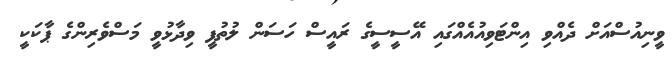
ވީނިއުސްއަށް ދެއްވި އިންޓަވިއުއެއްގައި އޭސީސީގެ ރައީސް ހަސަން ލުތުފީ ވިދާޅުވީ މަސްވެރިންގެ ޕާކަކީ